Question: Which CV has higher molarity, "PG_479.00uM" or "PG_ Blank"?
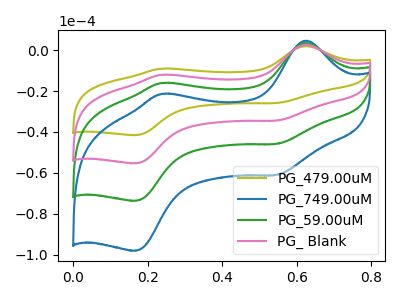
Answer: <think>The olive curve "PG_479.00uM" has anodic peaks at (0.65V, 1.95uA) (0.25V, -9.05uA) and cathodic peaks at (0.55V, -25.85uA) (0.15V, -41.55uA). The blue curve "PG_749.00uM" has anodic peaks at (0.65V, 7.85uA) (0.25V, -36.15uA) and cathodic peaks at (0.55V, -103.25uA) (0.15V, -166.00uA). The green curve "PG_59.00uM" has anodic peaks at (0.65V, 5.25uA) (0.25V, -24.10uA) and cathodic peaks at (0.55V, -68.85uA) (0.15V, -110.65uA). The pink curve "PG_ Blank" has anodic peaks at (0.65V, 2.60uA) (0.25V, -12.05uA) and cathodic peaks at (0.55V, -34.40uA) (0.15V, -55.35uA).
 All the peaks in "PG_479.00uM" have a peak in "PG_ Blank" at the same potential.</think>
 <answer>I cant tell if "PG_479.00uM" or "PG_ Blank" has higher concentration.</answer>
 <eval>mixed_concentration</eval>